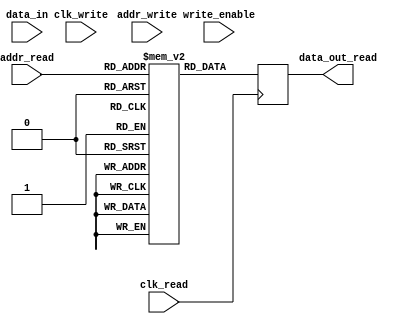
module DualPortRAM (
    input wire clk_read,
    input wire clk_write,
    input wire [7:0] addr_read,
    input wire [7:0] addr_write,
    input wire write_enable,
    input wire [7:0] data_in,
    output reg [7:0] data_out_read
);

reg [7:0] mem1 [0:255];
reg [7:0] mem2 [0:255];

always @(posedge clk_read) begin
    data_out_read <= mem1[addr_read];
end

always @(posedge clk_write) begin
    if (write_enable) begin
        mem2[addr_write] <= data_in;
    end
end

endmodule